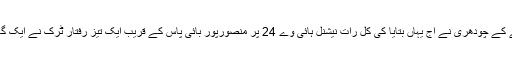
پولیس سپرنٹنڈنٹ کے کے چودھری نے آج یہاں بتایا کی کل رات نیشنل ہائی وے 24 پر منصورپور بائی پاس کے قریب ایک تیز رفتار ٹرک نے ایک گاڑی کو ٹکر مار دی۔